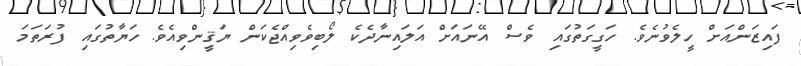
ފައިޒަންއަށް ހީލެވުނެވެ. ހަގީގަތުގައި ވެސް އޭނައަށް އަލައިނާދެކެ ލޯބިވެވިއްޖެކަން ޔަޤީންވިއެވެ. ހަޔާތުގައި ފުރަތަމަ